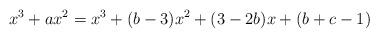
LaTeX: \begin{align*}x^3 + ax^2 = x^3 +(b-3)x^2 + (3-2b)x+(b+c-1) \end{align*}